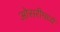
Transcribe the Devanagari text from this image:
ओसरीमध्ये